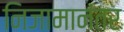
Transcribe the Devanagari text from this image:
निजामानंतर